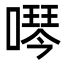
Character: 噖